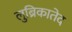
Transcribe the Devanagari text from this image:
लुब्रिकातेद